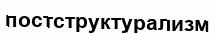
постструктурализм